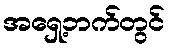
အရှေ့ဘက်တွင်